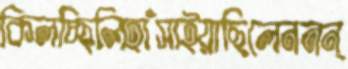
কিলচ্ছিলিহাঁসাইয়াছিলেননন্